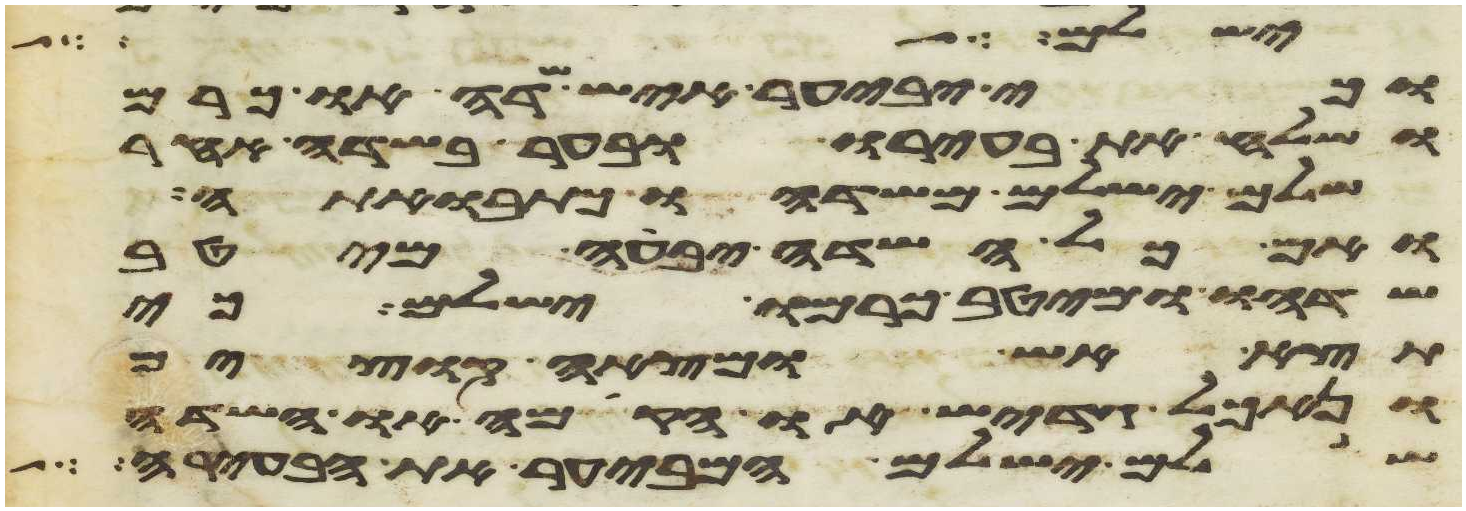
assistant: ישלם לו
וכי יבעיר איש שדה או כרם
ושלח את בעירו ובער בשדה אחר
שלם ישלם משדהו כתבואתה
ואם כל השדה יבעה מיטב
שדהו ומיטב כרמו ישלם כי
תצא אש ומצאה קוצים
ונאכל גדיש או הקמה או שדה
שלם ישלם המבעיר את הבעירה